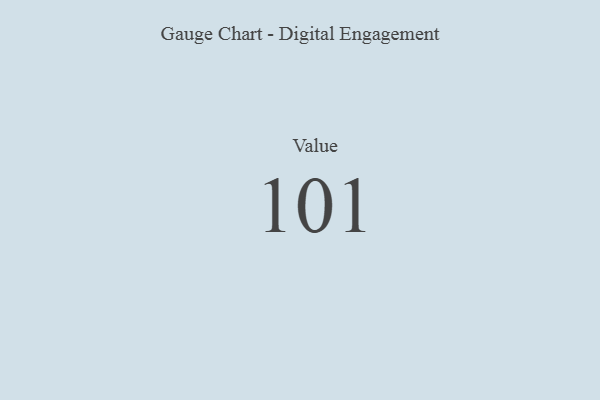
{"axis": {"x": "Metric", "y": "Value"}, "legend": [""], "data": [{"x": "Value", "y": 101, "type": ""}]}